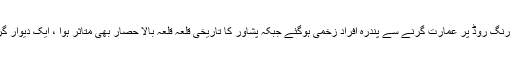
پشاور رنگ روڈ پر عمارت گرنے سے پندرہ افراد زخمی ہوگئے جبکہ پشاور کا تاریخی قلعہ قلعہ بالا حصار بھی متاثر ہوا ، ایک دیوار گر گئی۔